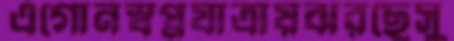
এগোনস্বপ্নযাত্রায়ঝরছেসু